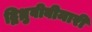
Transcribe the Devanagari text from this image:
द्विध्रुवीबीमारी